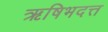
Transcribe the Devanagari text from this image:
ऋषिभदत्त